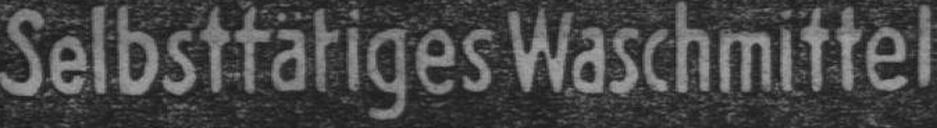
Selbsttätiges Waschmittel